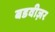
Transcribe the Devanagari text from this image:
बडवीज़र